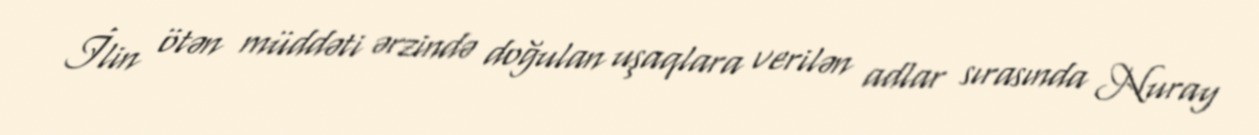
İlin ötən müddəti ərzində doğulan uşaqlara verilən adlar sırasında Nuray